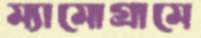
ম্যামোগ্রামে